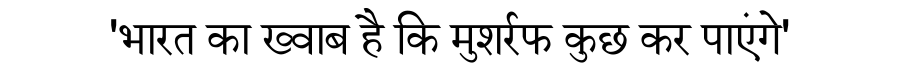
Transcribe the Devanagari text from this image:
'भारत का ख्वाब है कि मुशर्रफ कुछ कर पाएंगे'